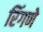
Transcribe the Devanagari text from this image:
रिंगणे